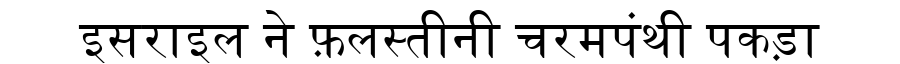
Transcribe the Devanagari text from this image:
इसराइल ने फ़लस्तीनी चरमपंथी पकड़ा